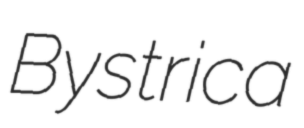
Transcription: Bystrica